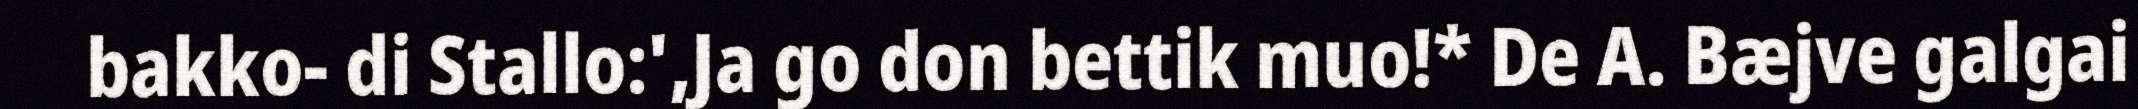
bakko- di Stallo:',Ja go don bettik muo!* De A. Bæjve galgai